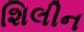
શિલીન